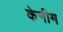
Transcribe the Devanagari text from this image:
केनीम